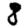
Digit: 8